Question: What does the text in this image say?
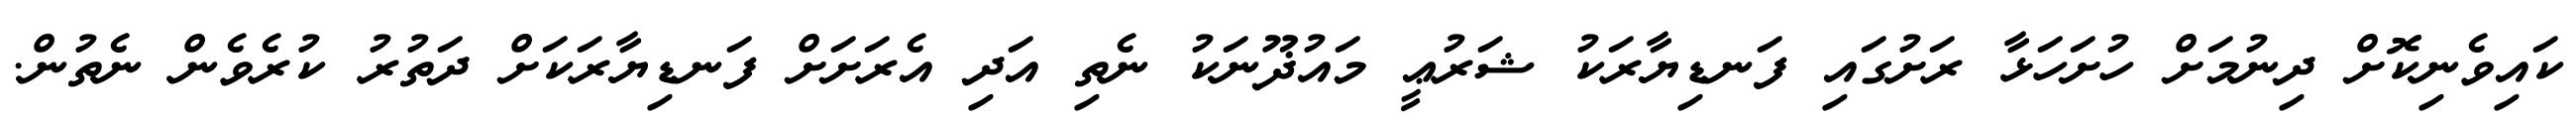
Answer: ކައިވެނިކޮށް ދިނުމަށް ހުށަހަޅާ ރަށުގައި ފަނޑިޔާރަކު ޝަރުޢީ މައުޛޫނަކު ނެތި އަދި އެރަށަށް ފަނޑިޔާރަކަށް ދަތުރު ކުރެވެން ނެތުން.